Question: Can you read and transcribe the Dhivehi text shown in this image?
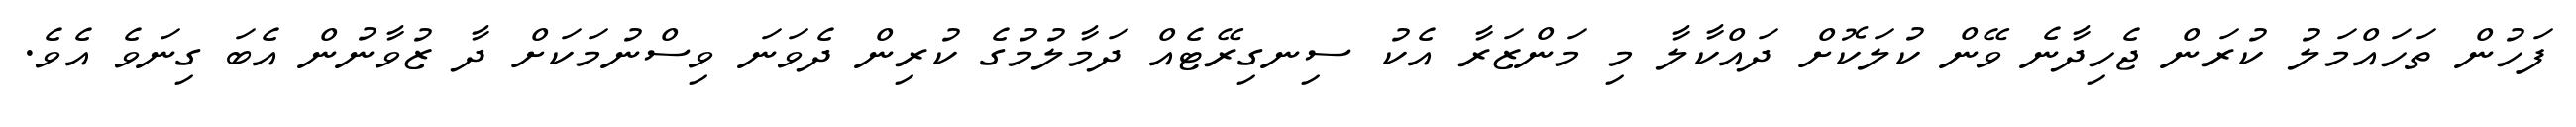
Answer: ފަހުން ތަހައްމަލު ކުރަން ޖެހިދާނެ ވޭން ކުލަކޮށް ދައްކާލާ މި މަންޒަރާ އެކު ސިނގިރޭޓެއް ދަމާލުމުގެ ކުރިން ދެވަނަ ވިސްނުމަކަށް ދާ ޒުވާނުން އެބަ ގިނަވެ އެވެ.